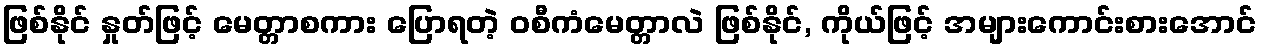
ဖြစ်နိုင် နှုတ်ဖြင့် မေတ္တာစကား ပြောရတဲ့ ဝစီကံမေတ္တာလဲ ဖြစ်နိုင်, ကိုယ်ဖြင့် အများကောင်းစားအောင်